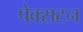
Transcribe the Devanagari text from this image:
पेक्‍सटन